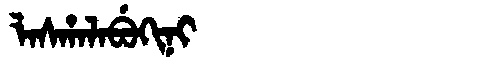
Manchu: ᠯᠠᠰᡥᠠᠯᠠᠪᡠᡴᡳᠨᡳ
Romanization: LASHALABUKINI